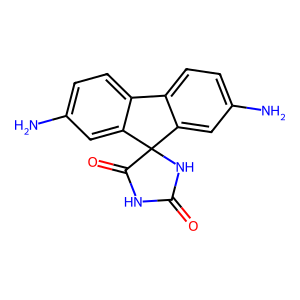
SMILES: Nc1ccc2c(c1)C1(NC(=O)NC1=O)c1cc(N)ccc1-2
Inhibits HIV replication: No